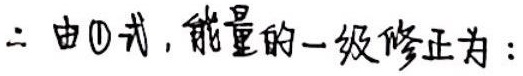
$\therefore$ 由\textcircled{1}式, 能量的一级修正为：